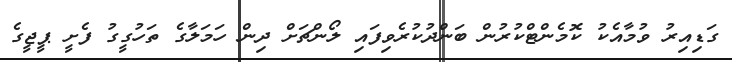
ގަޑިއިރު ވުމާއެކު ކޮމެންޓްކުރުން ބަންދުކުރެވިފައި ލޯންޗަށް ދިން ހަމަލާގެ ތަހުގީގު ފެށީ ޕީޖީގެ